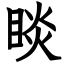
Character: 睒